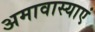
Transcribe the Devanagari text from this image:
अमावास्याएं